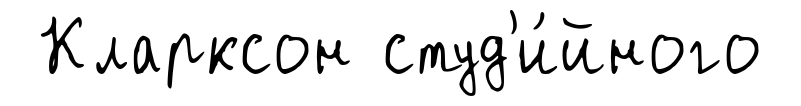
Кларксон студ'и́йного